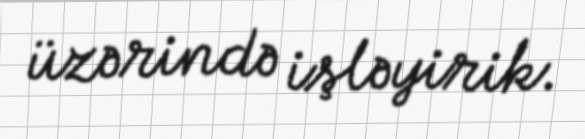
üzərində işləyirik.